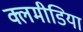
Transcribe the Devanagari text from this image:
क्लमीडिया